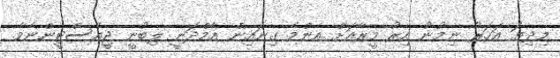
މިދިޔަ އަހަރު ނިމުނު އިރު މީރާއަށް އެންމެ ގިނައިން އާމްދަނީ ލިބުނީ ޖީއެސްޓީންނެވެ.